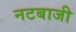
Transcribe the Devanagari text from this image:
नटबाजी